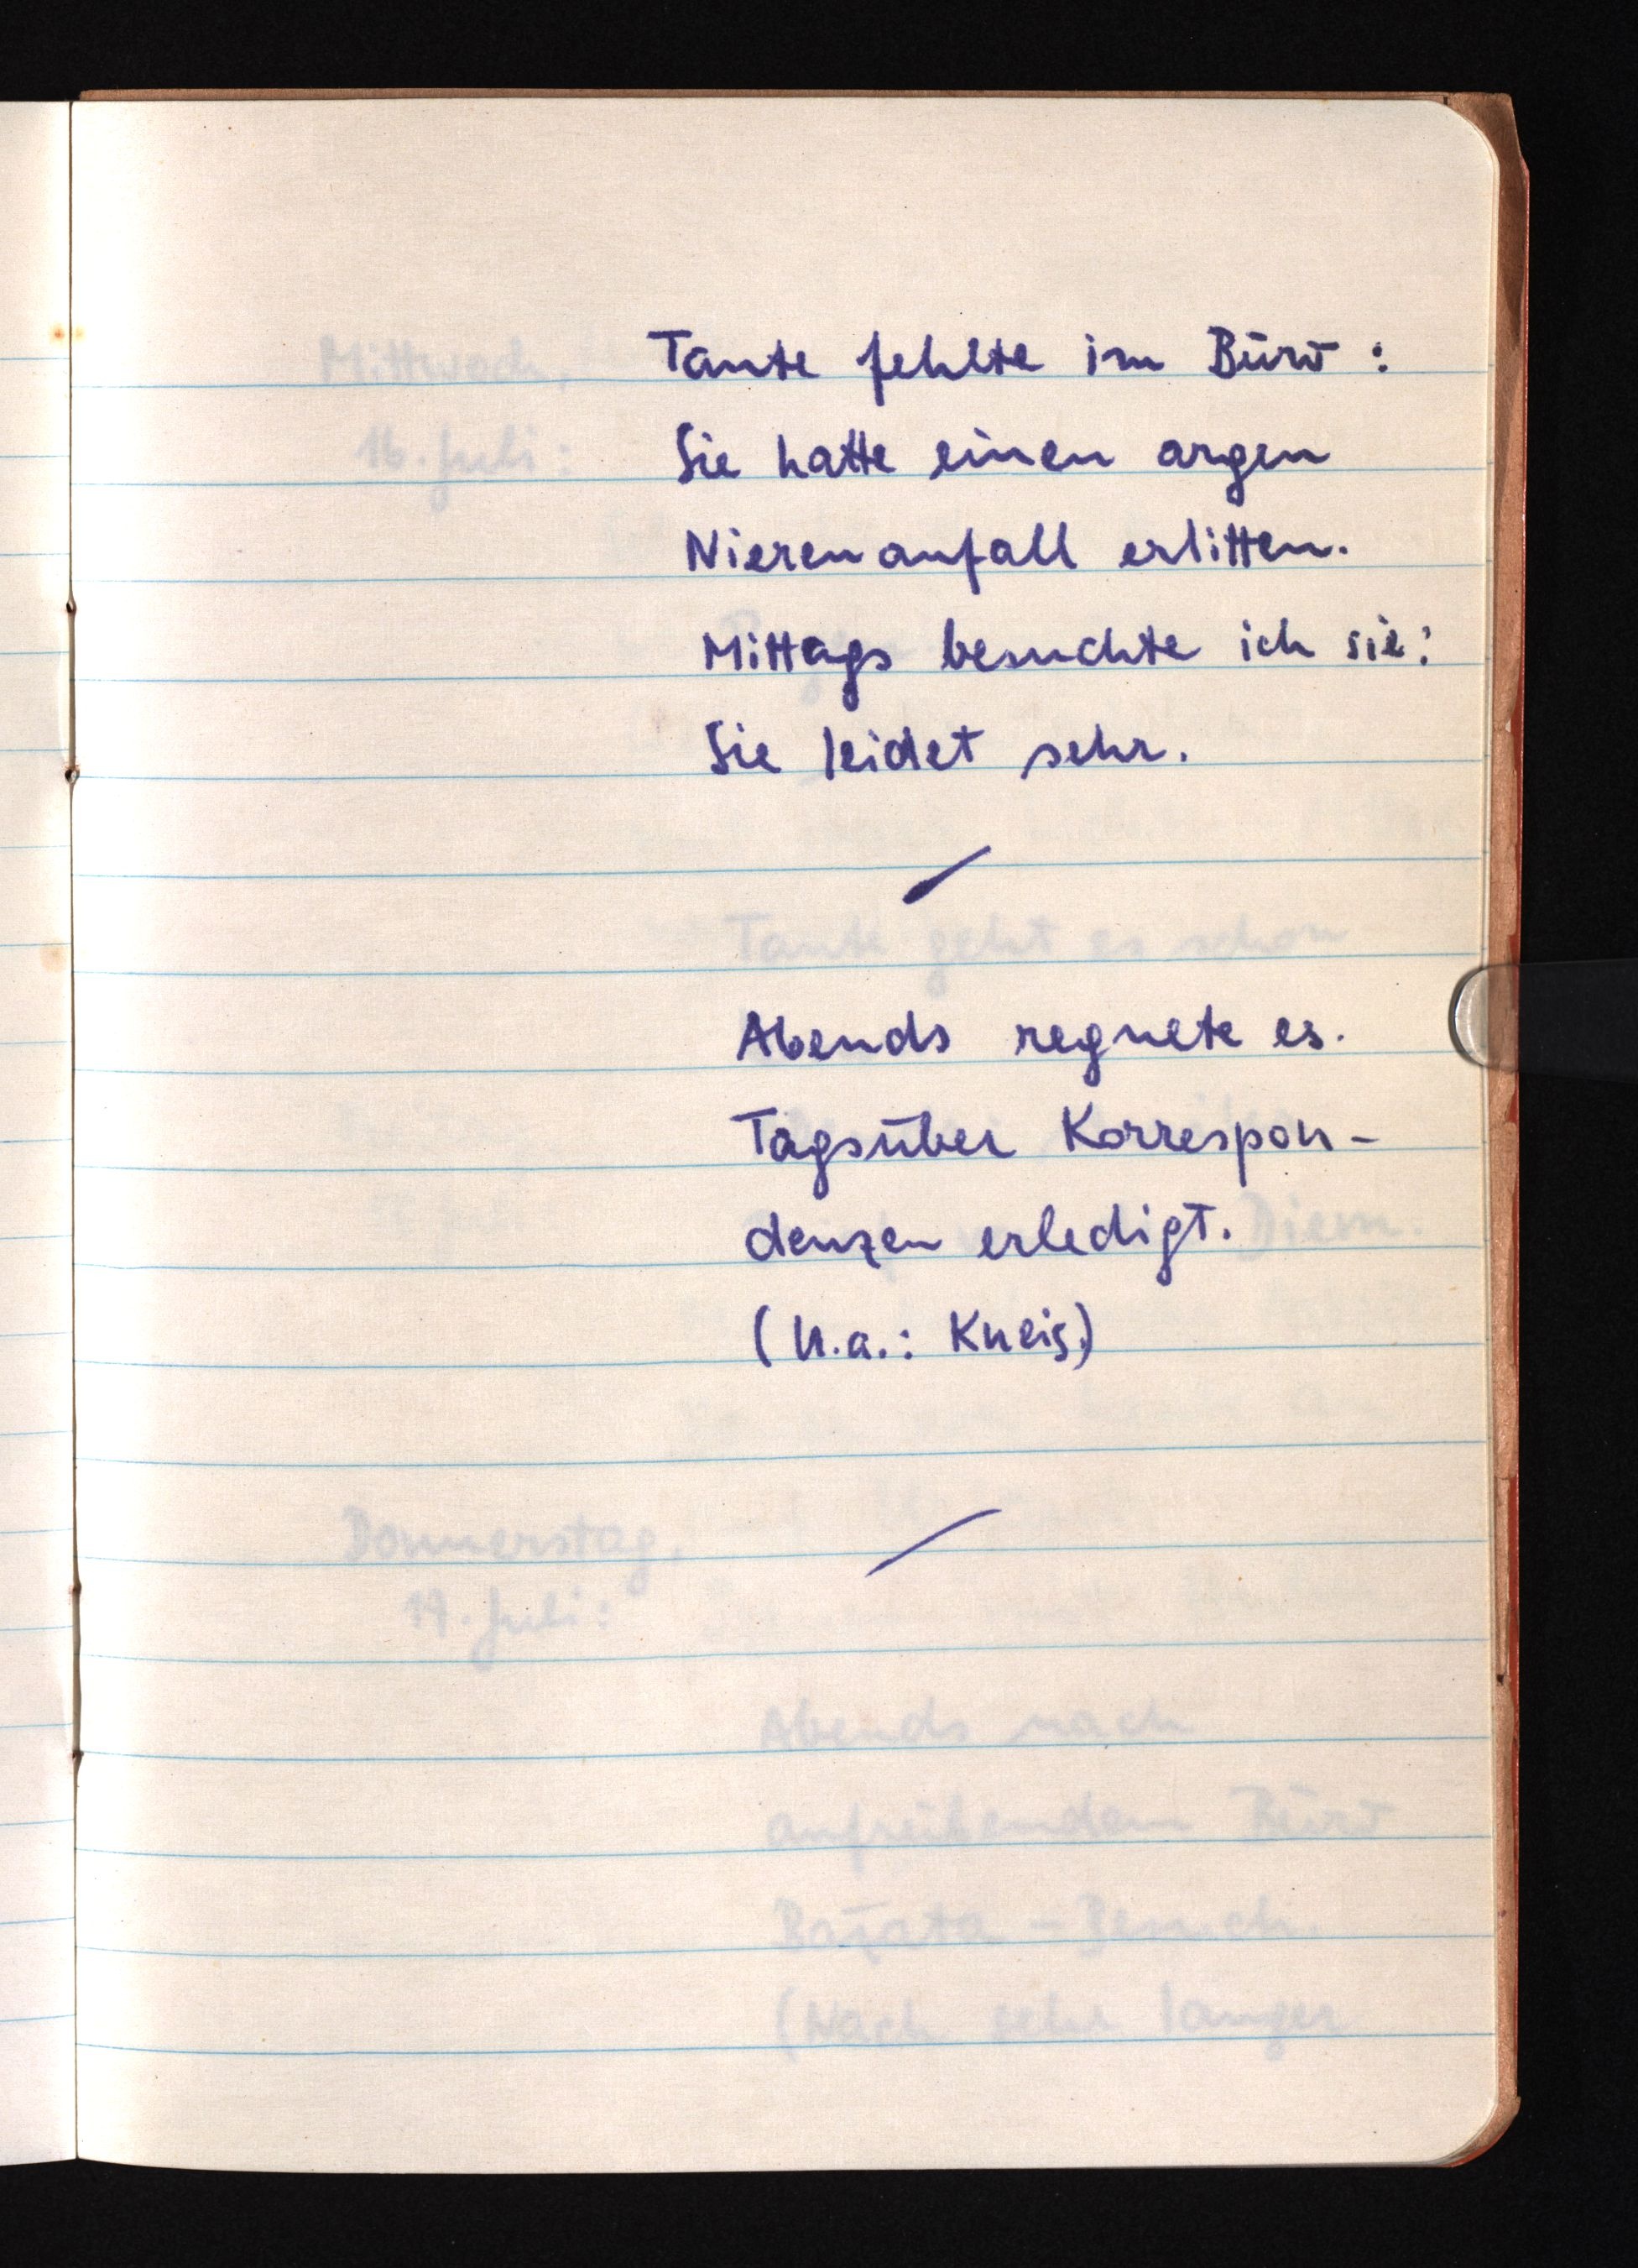
Tante fehlte im Büro:
Sie hatte einen argen
Nierenanfall erlitten.
Mittags besuchte ich sie:
Sie leidet sehr.
Abends regnete es.
Tagsüber Korrespon¬
denzen erledigt.
(U.a.: Kneis.)